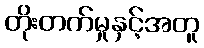
တိုးတက်မှုနှင့်အတူ